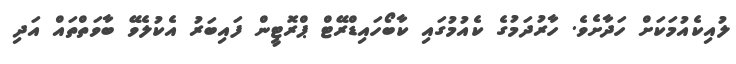
ލުއިކެއުމަކަށް ހަދާށެވެ. ހާރުދަމުގެ ކެއުމުގައި ކާބޯހައިޑްރޭޓް ޕްރޮޓީން ފައިބަރު އެކުލެވޭ ބާވަތްތައް އަދި